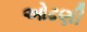
ઓઢણી